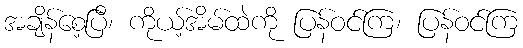
အချိန်စေ့ပြီ၊ ကိုယ့်အိမ်ထဲကို ပြန်ဝင်ကြ၊ ပြန်ဝင်ကြ